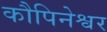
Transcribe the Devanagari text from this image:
कौपिनेश्वर